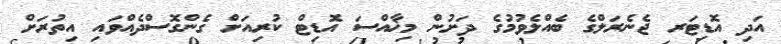
އަދި އޮޑިޓަރ ޖެނެރަލްގެ ބެއްލެވުމުގެ ދަށުން މިޚާއްސަ އޮޑިޓް ކުރިއަށް ގެންގޮސްދެއްވައި އިތުރަށް